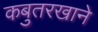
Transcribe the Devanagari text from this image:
कबुतरखाने